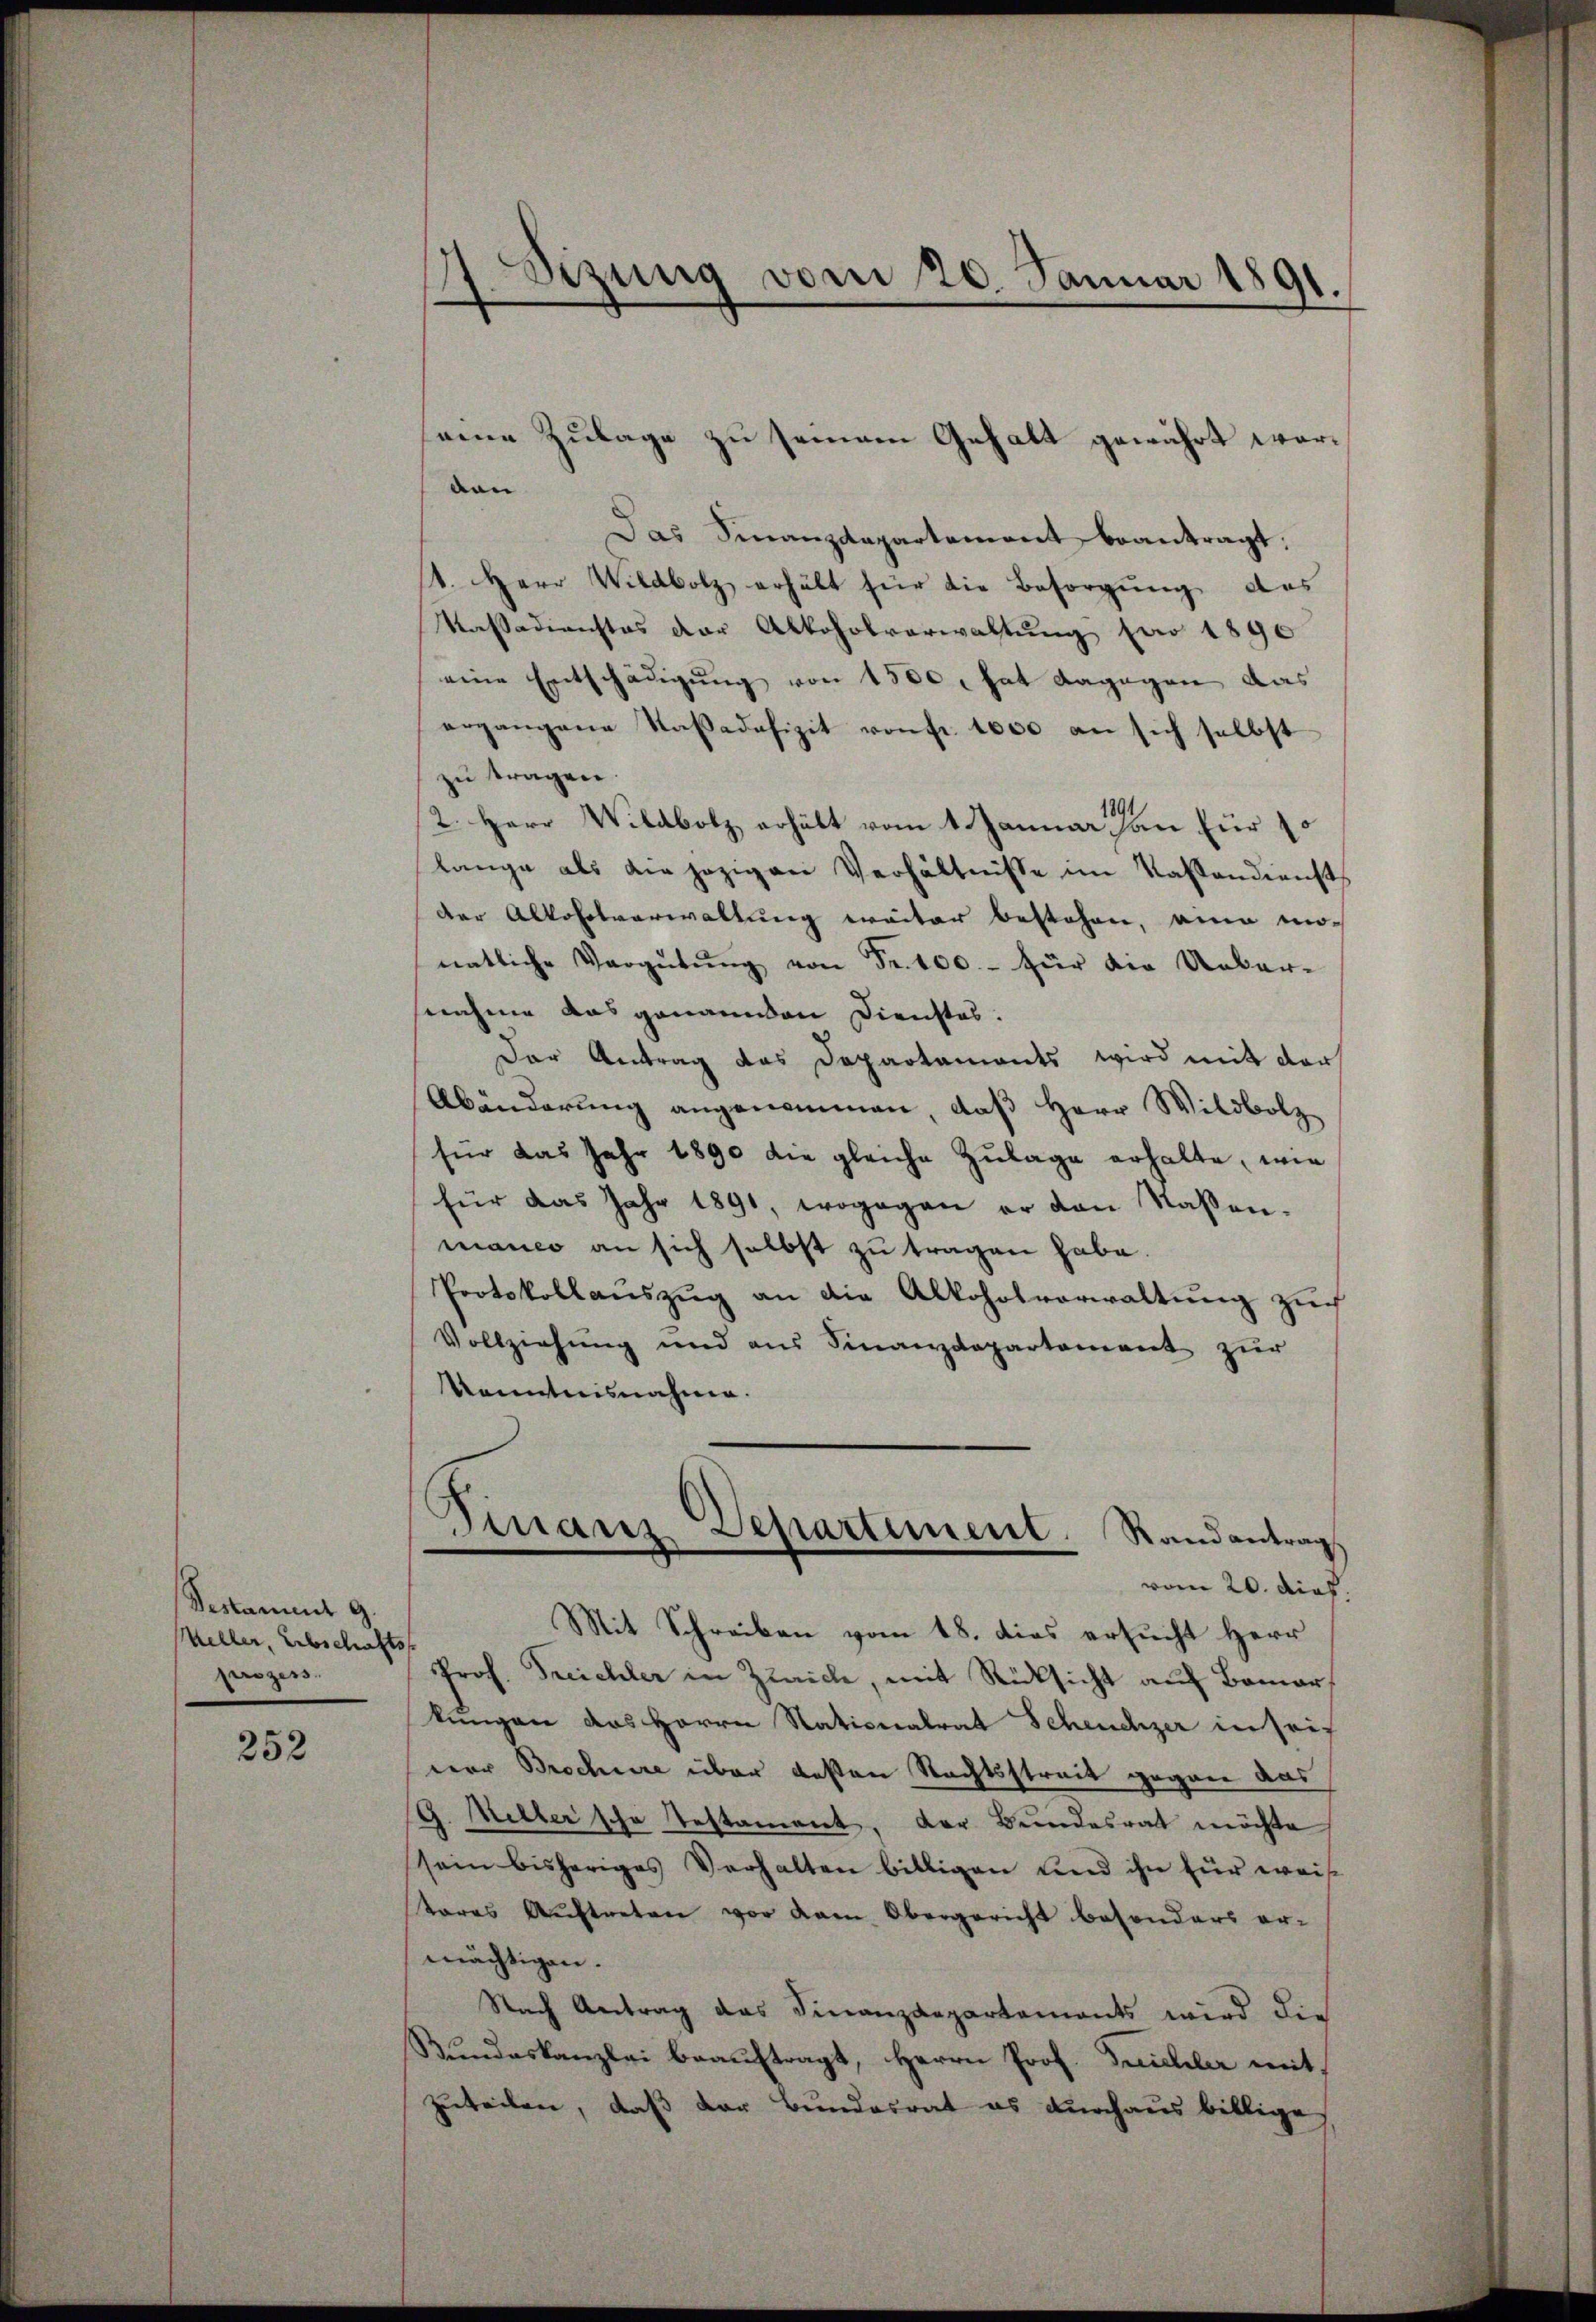
Vestammt G.
keller, Erbschafts
prozess.

252

eine Zulage zu seinem Gehalt gewährt worden
Das Finanzdepartement beantragt:
1. Herr Wildbolz erhält für die Besorgung des
Kassadienstes der Alkoholverwaltung pro 1890
eine Entschädigung von 1500, hat dagegen das
ergangene Rasadefizit von fr. 1000 an sich selbst
zu tragen.
2. Herr Wildbolz erhält vom 1 Januar an für so
lange als die jezigen Verhältnisse im Kassendienst
der Alkoholverwaltung weiter bestehen, eine mo-
natliche Vergütŭng von Fr. 100.- für die Ueber-
nahme das genannen Dienstes.
Der Antrag das Departaments wird mit der
Abänderung angenommen, daß Herr Wildbolz
für das Jahr 1890 die gleiche Zulage erhalte, wie
für das Jahr 1891, wogegen er von Nasen-
manco an sich selbst zu tragen habe.
Protokollauszug an die Alkoholverwaltung zuch
Vollziehung und aus Finanzdepartement zur
Kenntnisnahme.

¬
izung vom 20. Januar 1891.

Mit Schreiben vom 18. dies ersucht Herr
Prof. Treichler in Zürich, mit Rücksicht auf Bomarkungen das Herrn Stationalrat Scheuchzer in seif
vor Brochere über besten Rechtsstreit gegen das
G. Mittersche Testament, der Bundesrat möchte
sein bisheriges Verhalten billigen und ihn für weis
tares Auftreten vor kam Obergericht besonders er-
mächtigen.
Nach Antrag das Finanzdepartements wird die
Bundeskanzlei beauftragt, Herrn Prof. Treichler mit
zuteilen, daß der Bundesrat es durchaus billige

Finanz Separtiment. Randantrag
vom 20. dies.